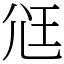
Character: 尩